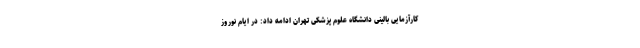
کارآزمایی بالینی دانشگاه علوم پزشکی تهران ادامه داد: در ایام نوروز